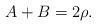
LaTeX: \begin{align*}A + B = 2 \rho. \end{align*}